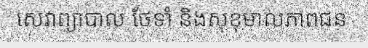
សេវាព្យាបាល ថែទាំ និងសុខុមាលភាពជន